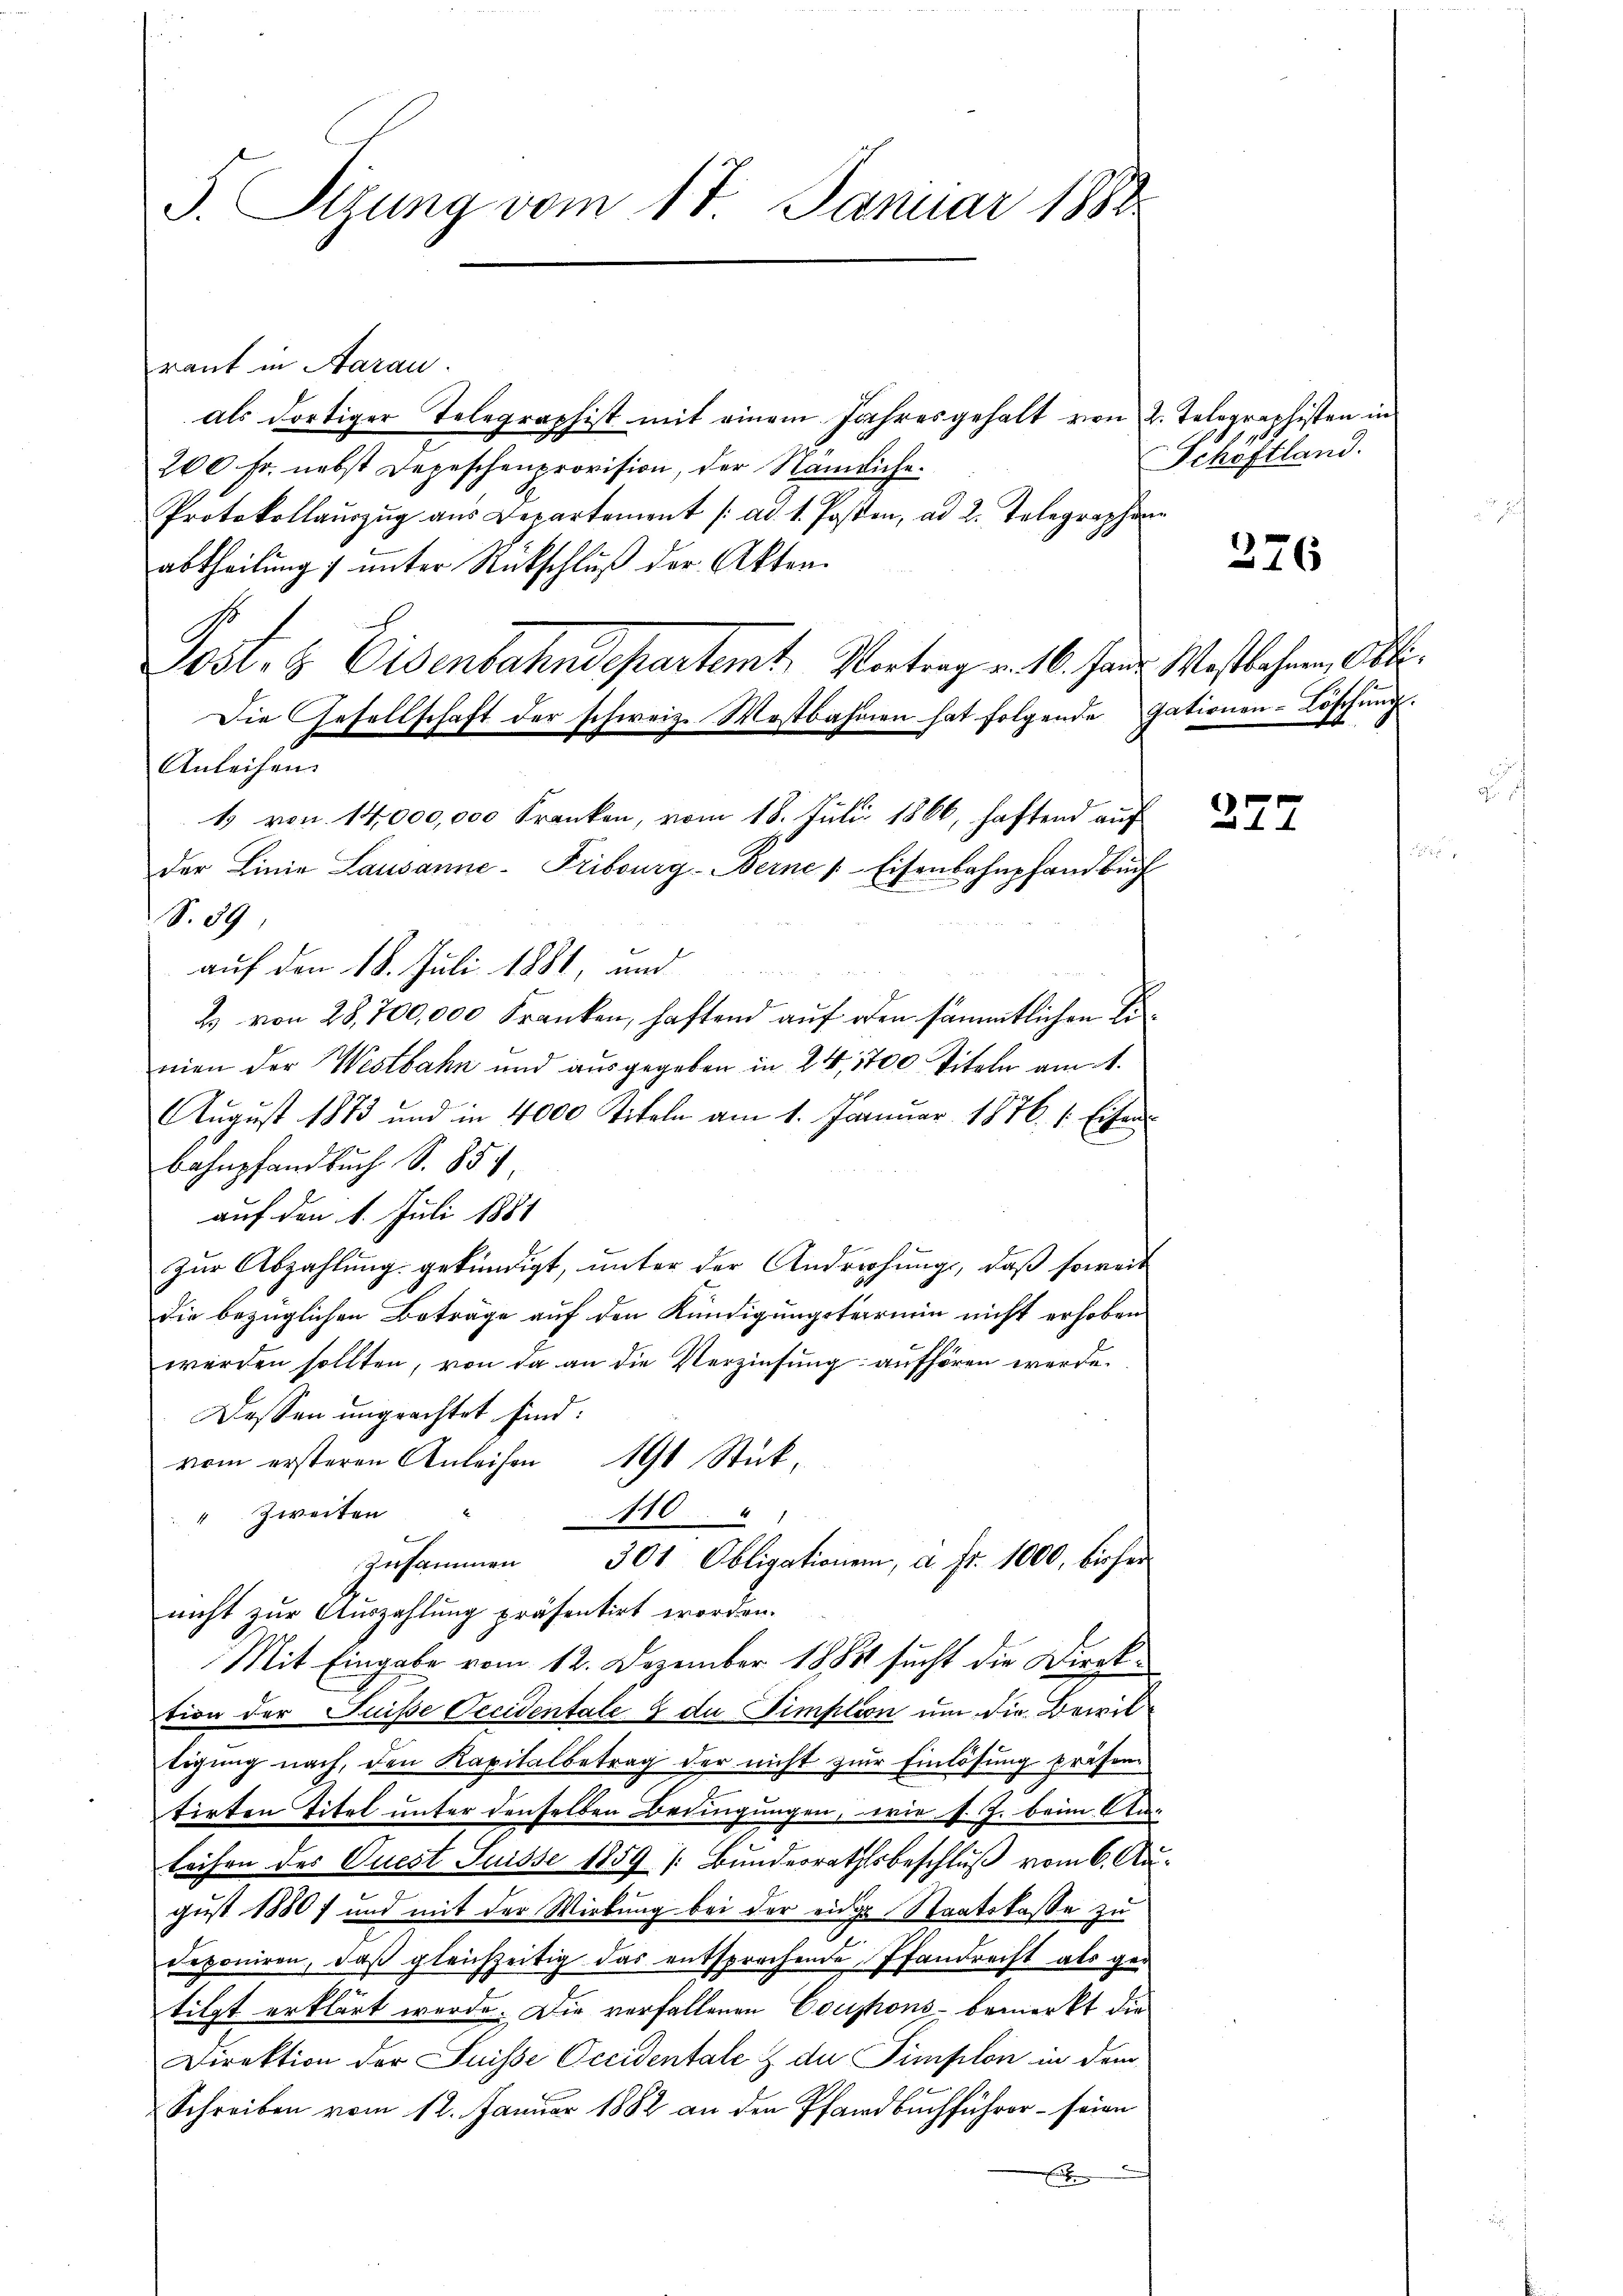
S. Tigung vom 17. Januar 1888

raut in Aarau
als dortiger Telegraphist mit einem Jahresgehalt von 2. Telegraphisten in
200. Fr. nebst Depeschenprovision, der Nämliche¬
Protokollaŭszŭg aŭs Departement /: ad 1. Posten, ad 2. Telegraphen
abtheilung unter Rückschluß der Akten.
Post. B Eisenbahndepartemt. Vortrag v. 16. fand Westbahnen Art.
Die Gesellschaft der schweiz. Mostbahnen hat folgende Gationen-Löschung.
Anleihen.
19 von 14,000,000 Franken, vom 18. Juli 1866, haftend auf
der Linie Lausanne-Fribourg-Berne |: Eisenbahnpfandbuch
S. 39
auf den 18. Juli 1881, und
s
2 von 28,700,000 Franken, haftend auf oden sämmtlichen Einien der Westbahn und ausgegeben in 24, 1700 Titeln am 1.
August 1873 und in 4000 Titeln am 1. Januar 1876. 1. Eisen
Bahnpfandbuch S. 854
auf den 1. Juli 1881
zŭr Abzahlung gekündigt, unter der Andrechung, daß soweit
die bezüglichen Beträge auf den Kündigungstermin nicht erhoben
werden sollten, von da an die Verzinsung aufhören werde.
Dessen ungeachtet sind:
vom ersteren Anleisen 191 Stick¬
" Zweiten " 110 " "
zusammen 301 Obligationen, a. fr. 1000, bisher
nicht zur Auszahlung präsentirt worden.
Mit Eingabe vom 12. Dezember 1883 sucht die Direktion der Fuße Occidentale 2 du Timplion um die Bewiltigung nach, den Kapitalbetrag der nicht zur Einlösung präsen-
tirten Titel unter denselben Bedingungen, wie s. J. beim An¬
Leihen des Quest Suisse 1859 (Bundesrathsbeschluß vom 6. August 18807 und mit der Wirkung bei der einge Staatskasse zu
deponiren, daß gleichzeitig das entsprachende Pfandrecht als ger
tilgt erklärt werde. Die verfallenen Coustons- bemerkt die
Direktion der Suisse Occidentale z. du Simplon in dem
Schreiben vom 12. Januar 1882 an den Pfandbuchführer - seien
E

Schöftland.

276

227